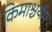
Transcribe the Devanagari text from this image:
किमाश्चर्यम्